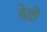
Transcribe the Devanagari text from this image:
बेके